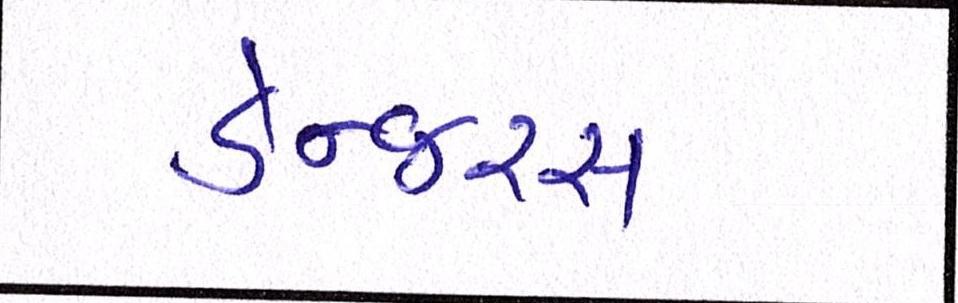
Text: ડેન્જરસ